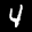
Label: 4